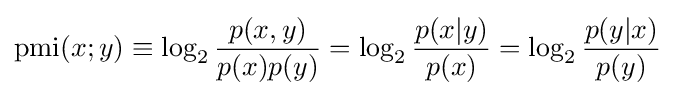
\operatorname {pmi} (x;y)\equiv \log _{2}{\frac {p(x,y)}{p(x)p(y)}}=\log _{2}{\frac {p(x|y)}{p(x)}}=\log _{2}{\frac {p(y|x)}{p(y)}}